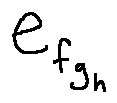
e _ { f _ { g _ { h } } }